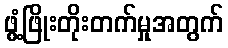
ဖွံ့ဖြိုးတိုးတက်မှုအတွက်